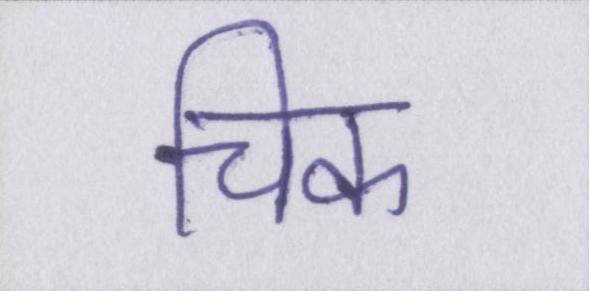
चिक